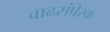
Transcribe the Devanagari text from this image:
वाढसंप्रेरक